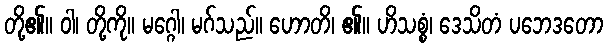
တို့၏။ ဝါ၊ တို့ကို။ မဂ္ဂေါ၊ မဂ်သည်။ ဟောတိ၊ ၏။ ဟိသစ္စံ၊ ဒေသိတံ ပဘေဒတော